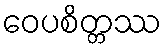
ဝေပစိတ္တဿ